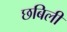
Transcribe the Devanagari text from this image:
छबिली